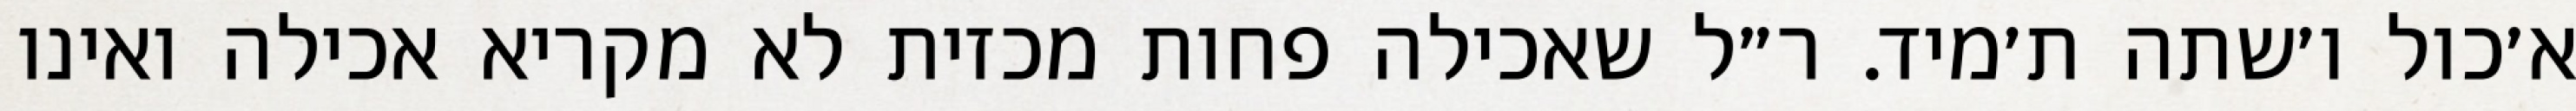
א׳כול ו׳שתה ת׳מיד. ר״ל שאכילה פחות מכזית לא מקריא אכילה ואינו